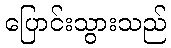
ပြောင်းသွားသည်